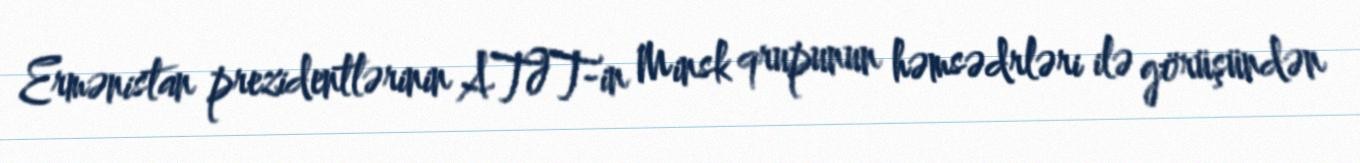
Ermənistan prezidentlərinin ATƏT-in Minsk qrupunun həmsədrləri ilə görüşündən